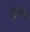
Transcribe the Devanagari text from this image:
दोरवोद